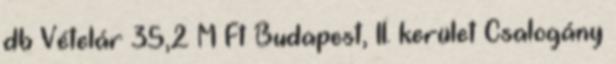
db Vételár 35,2 M Ft Budapest, II. kerület Csalogány